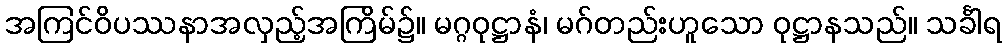
အကြင်ဝိပဿနာအလှည့်အကြိမ်၌။ မဂ္ဂဝုဋ္ဌာနံ၊ မဂ်တည်းဟူသော ဝုဋ္ဌာနသည်။ သင်္ခါရ